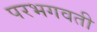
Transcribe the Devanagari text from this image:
परभगवती